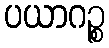
ပယာဂဉ္စ